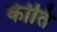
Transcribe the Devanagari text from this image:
र्कीति